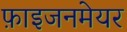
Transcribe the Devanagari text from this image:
फ़ाइजनमेयर